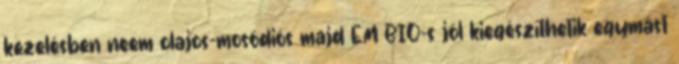
kezelésben neem olajos-mosódiós majd EM BIO-s jól kiegészíthetik egymást